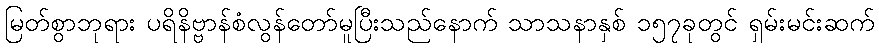
မြတ်စွာဘုရား ပရိနိဗ္ဗာန်စံလွန်တော်မူပြီးသည်နောက် သာသနာနှစ် ၁၅၇ခုတွင် ရှမ်းမင်းဆက်